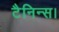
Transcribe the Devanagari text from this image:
टैनिन्स।